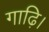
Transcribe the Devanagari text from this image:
गाढ़ि।